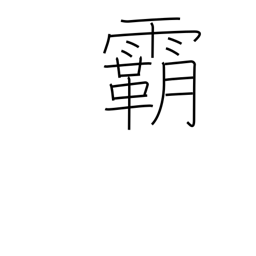
Meaning: leadership